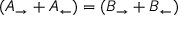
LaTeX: ( A _ { \rightarrow } + A _ { \leftarrow } ) = ( B _ { \rightarrow } + B _ { \leftarrow } )